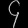
Digit: ၄